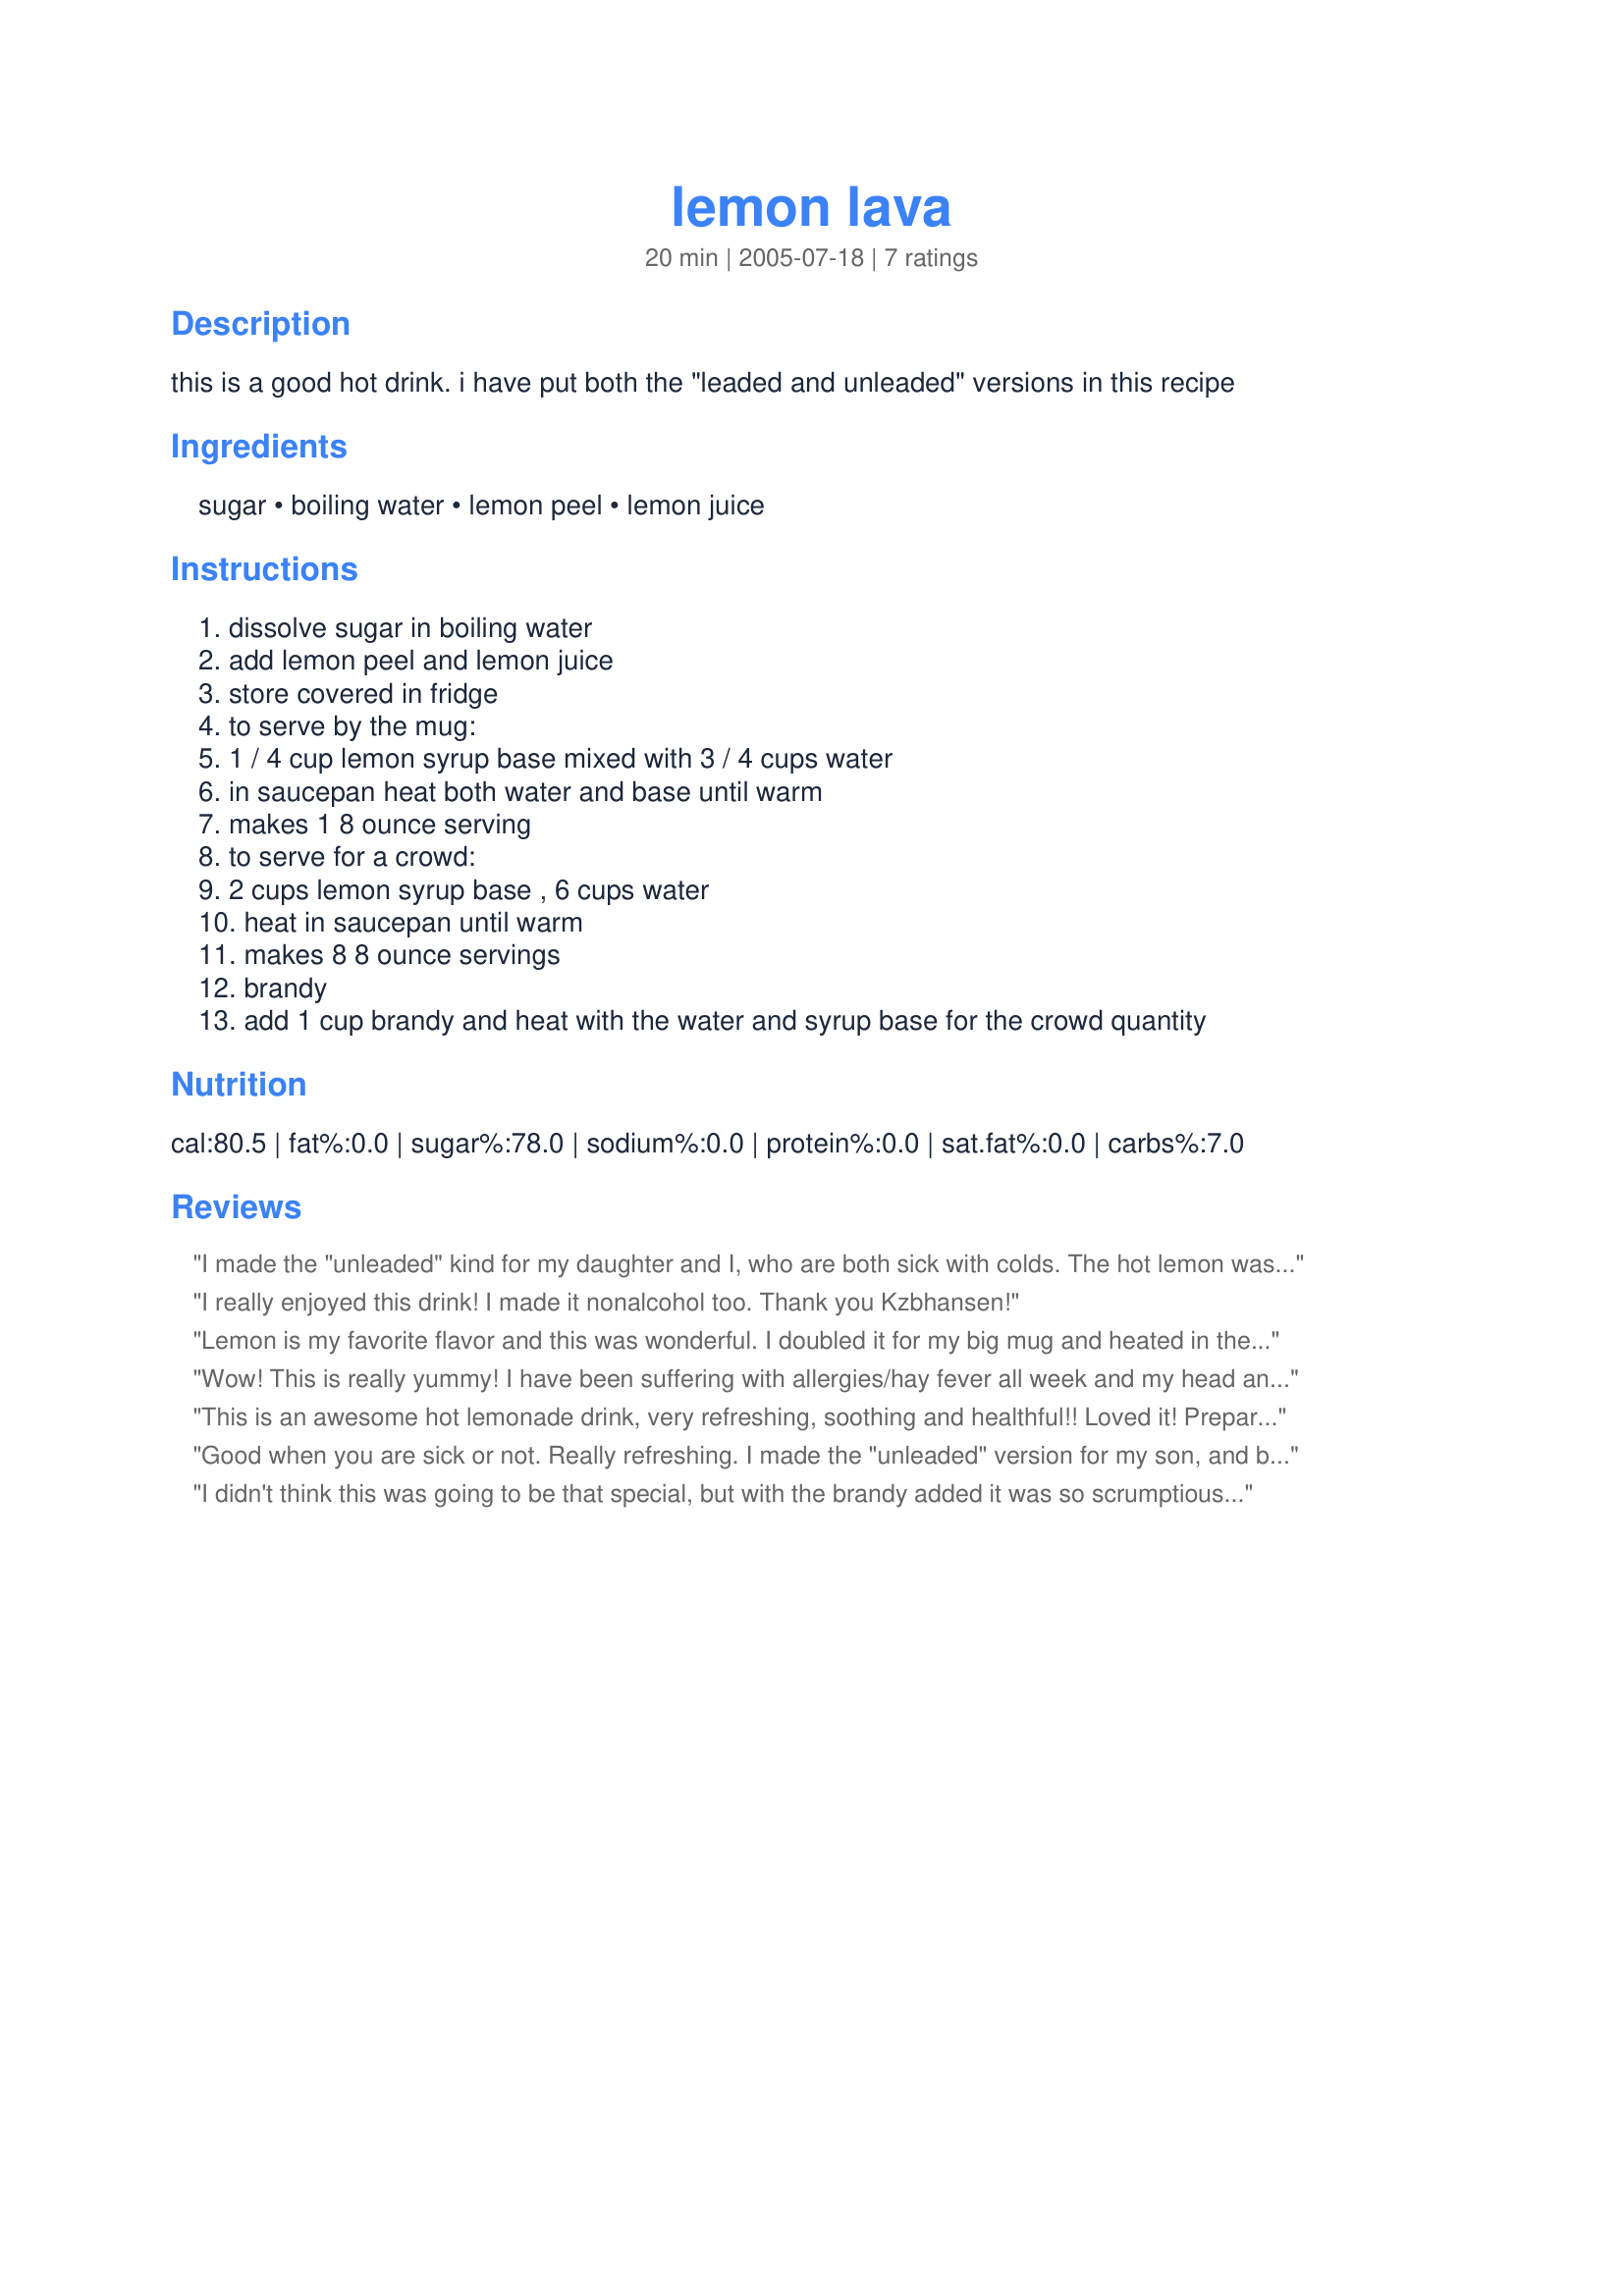
lemon lava
Preparation time: 20 minutes

this is a good hot drink. i have put both the "leaded and unleaded" versions in this recipe

Ingredients:
sugar, boiling water, lemon peel, lemon juice

Steps:
dissolve sugar in boiling water, add lemon peel and lemon juice, store covered in fridge, to serve by the mug:, 1 / 4 cup lemon syrup base mixed with 3 / 4 cups water, in saucepan heat both water and base until warm, makes 1 8 ounce serving, to serve for a crowd:, 2 cups lemon syrup base , 6 cups water, heat in saucepan until warm, makes 8 8 ounce servings, brandy, add 1 cup brandy and heat with the water and syrup base for the crowd quantity

Reviews:
I made the "unleaded" kind for my daughter and I, who are both sick with colds. The hot lemon was delicious and we both loved it! Next time I will try the "Leaded" version.
Thanks for posting!
I really enjoyed this drink! I made it nonalcohol too. Thank you Kzbhansen!
Lemon is my favorite flavor and this was wonderful. I doubled it for my big mug and heated in the microwave. Perfect amount of lemon, not to tart or too sweet. Made unleaded but will definitely give the leaded a try. Thank you hon for posting this recipe, I will be making it again. Made and reviewed for kzbhanson's cookathon.
Wow! This is really yummy! I have been suffering with allergies/hay fever all week and my head and throat feel yucky! This made me feel so much better- the brandy probably helped too! Thanks for sharing this!
This is an awesome hot lemonade drink, very refreshing, soothing and healthful!! Loved it! Prepared with fresh squeezed lemons, and freshly grated lemon peel which is a great addition! Thanks Karen, I will make this often! Made today in support of Karen for her cookathon.
Good when you are sick or not. Really refreshing. I made the "unleaded" version for my son, and both versions for myself. It warms you all over when you have chills. GREAT!!!
I didn't think this was going to be that special, but with the brandy added it was so scrumptious ;the flavors were so complimentary. I cut the recipe down to a single serving and added 1 1/2 TBLS of the Brandy which I thought was perfect - not overwhelming or too boozy. It definitely warmed me up after several hours of doing my taxes. Made for kzbhanson's cookathon.
